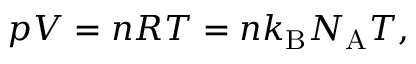
p V = n R T = n k _ { \mathrm { B } } N _ { \mathrm { A } } T ,